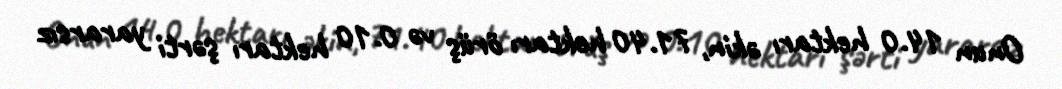
Onun 14.0 hektarı əkin, 71.40 hektarı örüş və 0.10 hektarı şərti yararsız